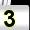
Digit: 3